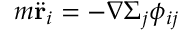
m \ddot { \mathbf { r } } _ { i } = - \nabla \Sigma _ { j } \phi _ { i j }